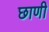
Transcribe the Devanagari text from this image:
छाणी